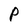
Character: P